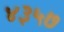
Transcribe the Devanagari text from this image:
४३५७